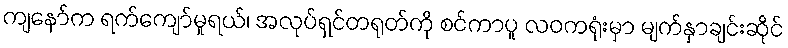
ကျနော်က ရက်ကျော်မှုရယ်၊ အလုပ်ရှင်တရုတ်ကို စင်ကာပူ လဝကရုံးမှာ မျက်နှာချင်းဆိုင်